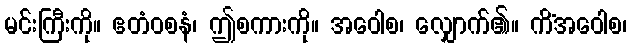
မင်းကြီးကို။ ဧတံဝစနံ၊ ဤစကားကို။ အဝေါစ၊ လျှောက်၏။ ကိံအဝေါစ၊